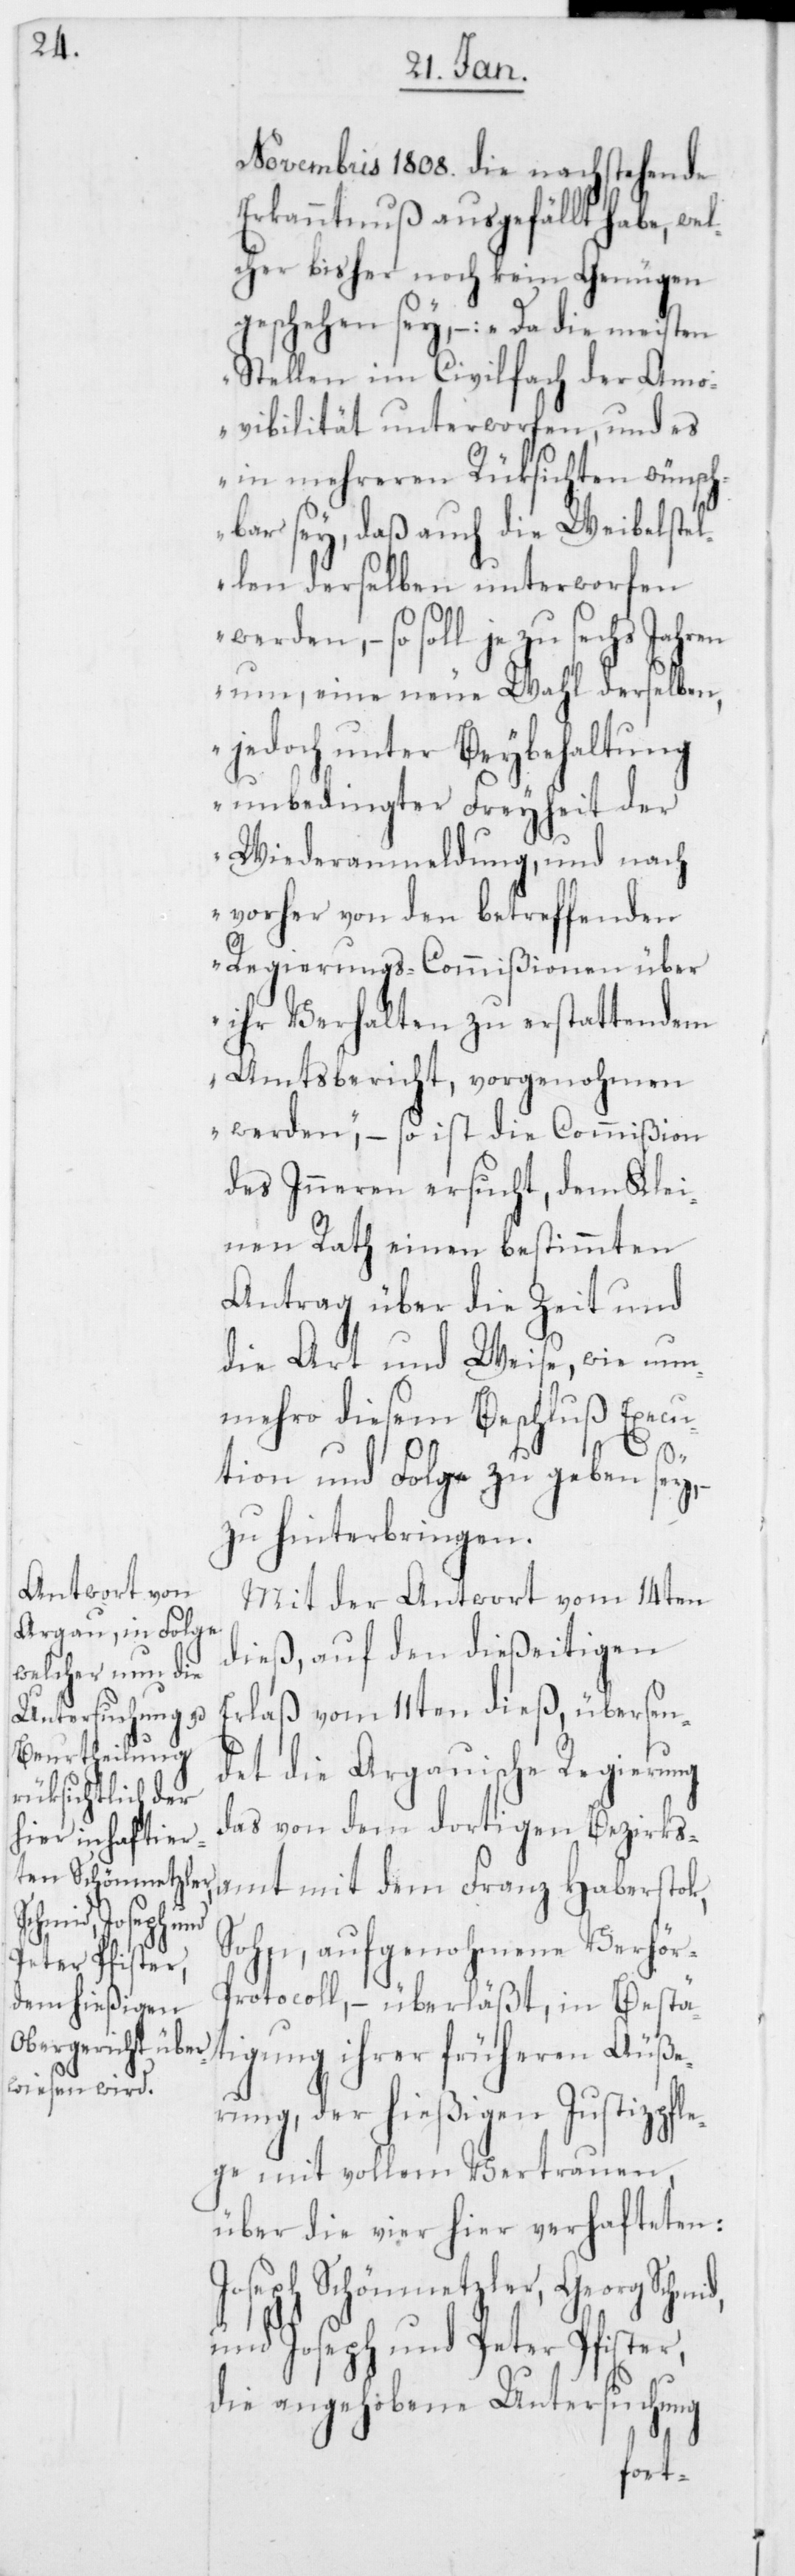
und Joseph und
Peter Pfister,

Novembris 1808. die nachstehende
Erkanntnuß ausgefällt habe, wel¬
cher bisher noch kein
d,
geschehen sey, – „Da
Stellen im Civilfach
Amovibilität unterworfen,
in mehreren Rüksicht¬
bar sey, daß auch die W¬
werden, – so soll je zu s¬
um, eine neue Wahl
jedoch unter Beybe¬
Wiederanmeldung, und
vorher von den betreffenden
Regierungs-Commißionen
ihr Verhalten zu erstatt¬
dem
Amtsbericht, vorgenohmen
werden“, – so ist die Commißion
des Inneren ersucht, dem Klei¬
nen Rath einen bestimmten
Antrag über die Zeit und
die Art und Weise, wie nun¬
mehro diesem Beschluß Execu¬
tion und Folge zu geben sey,
zu hinterbringen.
Mit der Antwort vom 14ten
dieß, auf den dießeitigen
Erlaß vom 11ten dieß, übersen¬
det die Argauische Regierung
das von dem dortigen Bezirks¬
amt mit dem Franz Haberstok,
Sohn, aufgenohmene Verhö¬
r-Protocoll, – überläßt, in Bestä¬
tigung ihrer früheren Äuße¬
rung, der hießigen Justizpfle¬
ge mit vollem Vertrauen,
über die vier hier verhafteten:
Joseph Schönmetzler, Georg Schmi¬
die angehobene Untersuchung